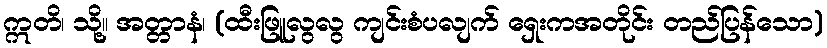
ဣတိ၊ သို့။ အတ္တာနံ၊ (ထီးဖြူလွလွ ကျင်းစံပလျက် ရှေးကအတိုင်း တည်ပြန်သော)